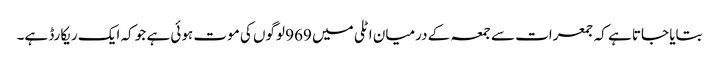
بتایا جاتا ہے کہ جمعرات سے جمعہ کے درمیان اٹلی میں 969 لوگوں کی موت ہوئی ہے جو کہ ایک ریکارڈ ہے۔